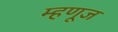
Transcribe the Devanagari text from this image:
म्हणूज